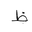
Letter: _za